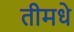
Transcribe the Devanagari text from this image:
तीमधे